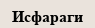
Исфараги